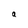
Character: a